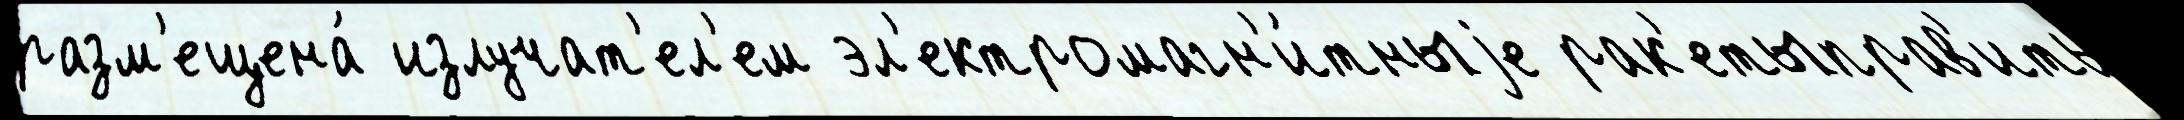
разм'ещена́ излучат'ел'ем эл'ектромагн'и́тныjе рак'етыправ'ить